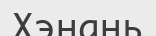
Хэнань